Vaccination report Assam 1896-1927 - 1896-1927
Year: 1896
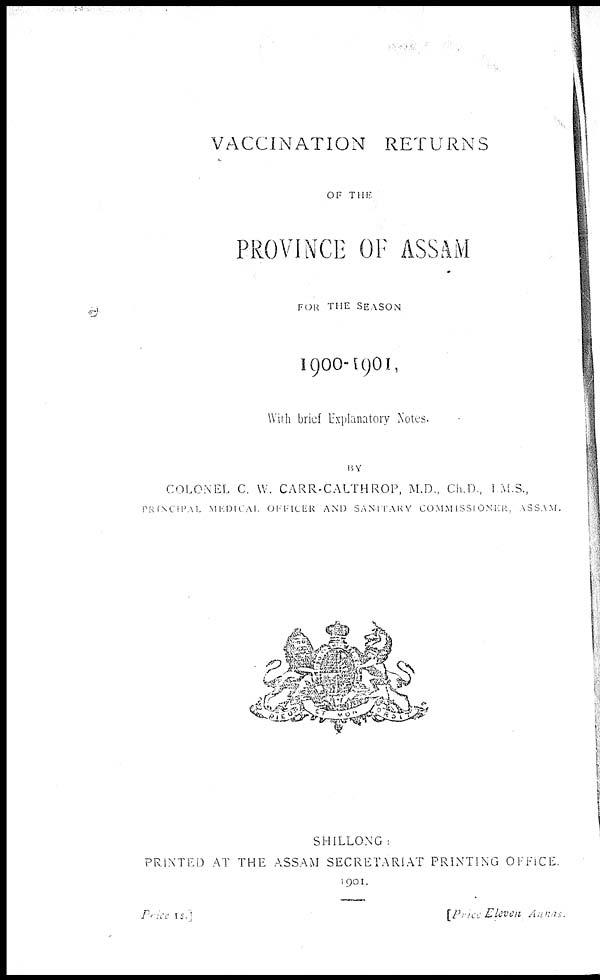
VACCINATION RETURNS
OF THE
PROVINCE OF ASSAM
FOR THE SEASON
1900-1901,
With brief Explanatory Notes.
BY
COLONEL C. W. CARR-CALTHROP, M.D., Ch.D , I M S.,
PRINCIPAL
MEDICAL
OFFICER
AND SANITARY COMMISSIONER,
ASSAM.
SHILLONG
PRINTED AT THE ASSAM SECRETARIAT PRINTING OFFICE.
1901.
Price is]
[Price Eleven Annas.